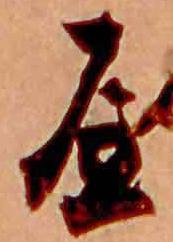
屋